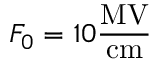
F _ { 0 } = 1 0 \frac { \mathrm { M V } } { \mathrm { c m } }